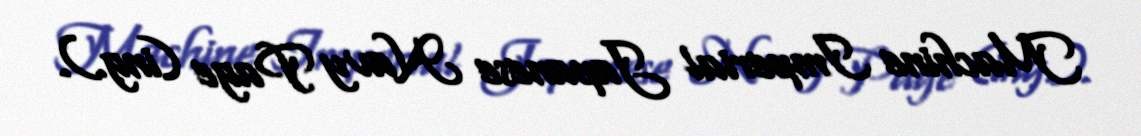
Machine Imperial Japanese Navy Page (ing.).